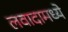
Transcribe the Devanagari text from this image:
लवादामध्ये